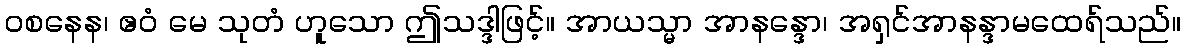
ဝစနေန၊ ဧဝံ မေ သုတံ ဟူသော ဤသဒ္ဒါဖြင့်။ အာယသ္မာ အာနန္ဒော၊ အရှင်အာနန္ဒာမထေရ်သည်။